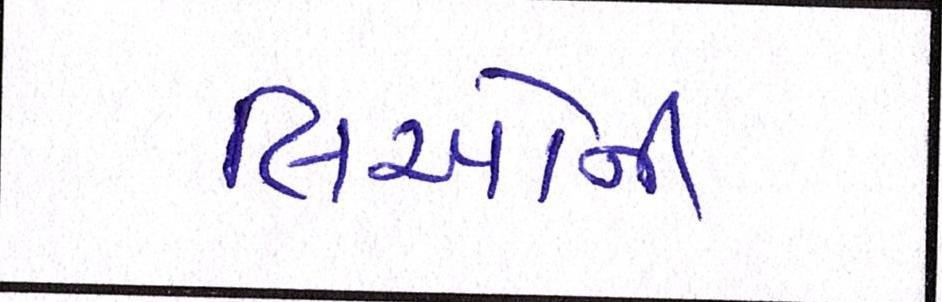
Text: લિઓની